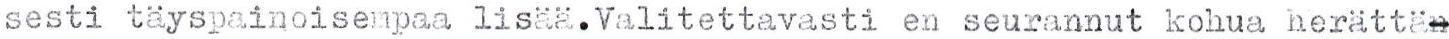
sesti täyspainoisempaa lisää. Valitettavasti en seurannut kohua herättä-